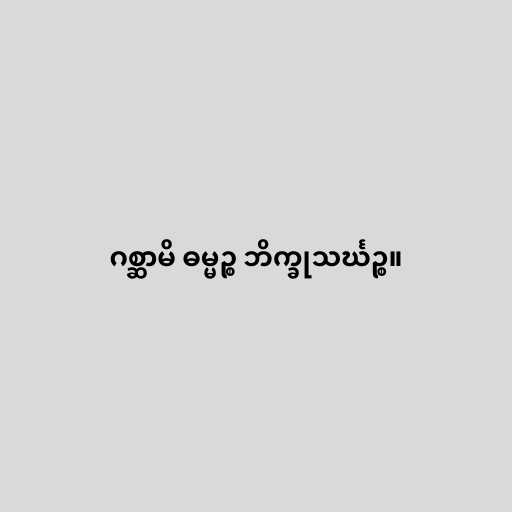
ဂစ္ဆာမိ ဓမ္မဉ္စ ဘိက္ခုသင်္ဃဉ္စ။